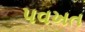
પવખત